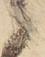
候